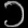
Digit: ၁